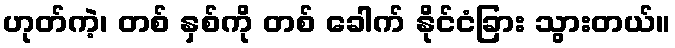
ဟုတ်ကဲ့၊ တစ် နှစ်ကို တစ် ခေါက် နိုင်ငံခြား သွားတယ်။